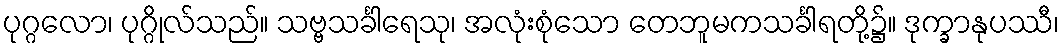
ပုဂ္ဂလော၊ ပုဂ္ဂိုလ်သည်။ သဗ္ဗသင်္ခါရေသု၊ အလုံးစုံသော တေဘူမကသင်္ခါရတို့၌။ ဒုက္ခာနုပဿီ၊